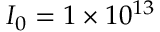
I _ { 0 } = 1 \times 1 0 ^ { 1 3 }